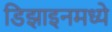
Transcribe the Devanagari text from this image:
डिझाइनमध्ये